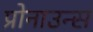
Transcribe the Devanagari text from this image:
प्रोनाउन्स